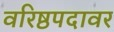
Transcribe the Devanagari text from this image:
वरिष्ठपदावर